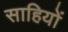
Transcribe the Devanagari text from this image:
साहियों